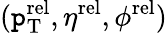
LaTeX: (\mathtt{p}_{\mathrm{{T}}}^{\mathrm{{rel}}},\eta^{\mathrm{{rel}}},\phi^{\mathrm{{rel}}})